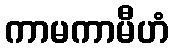
ကာမကာမီဟံ